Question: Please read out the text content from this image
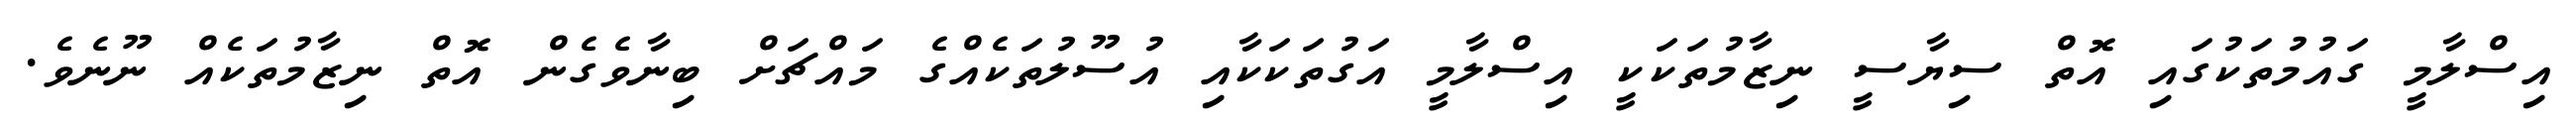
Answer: އިސްލާމީ ގައުމުތަކުގައި އޮތް ސިޔާސީ ނިޒާމުތަކަކީ އިސްލާމީ އަގުތަކަކާއި އުސޫލުތަކެއްގެ މައްޗަށް ބިނާވެގެން އޮތް ނިޒާމުތަކެއް ނޫނެވެ.